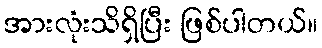
အားလုံးသိရှိပြီး ဖြစ်ပါတယ်။